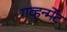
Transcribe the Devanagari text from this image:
गव्हर्न्मेंट